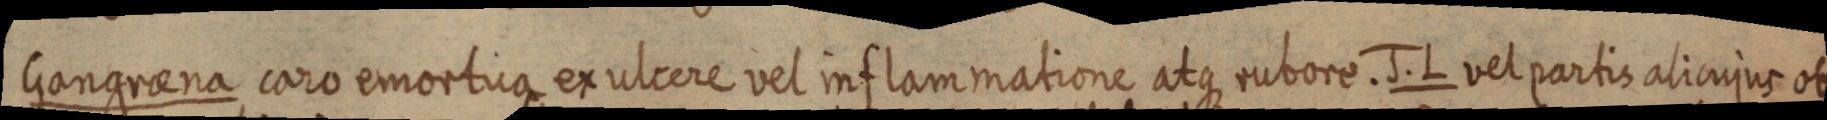
Gangraena caro emortua ex ulcere vel inflammatione atque rubore. J. L vel partis alicujus ob